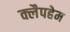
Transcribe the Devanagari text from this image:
क्लैपहेम